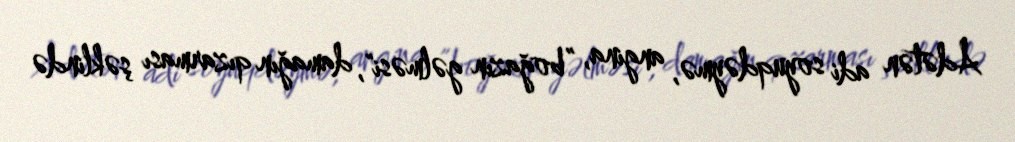
Adətən adi soyuqdəymə, angina, ”boğazın gəlməsi", damağın qızarması şəklində